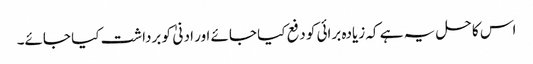
اس کا حل یہ ہے کہ زیادہ برائی کو دفع کیا جائے اور ادنیٰ کو برداشت کیا جائے۔